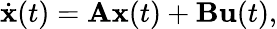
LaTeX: {\dot{\mathbf{x}}}(t)=\mathbf{A}\mathbf{x}(t)+\mathbf{B}\mathbf{u}(t),